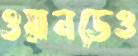
ওয়ানডেও